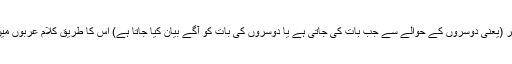
حضرت مرزا بشیر احمد صاحبؓ لکھتے ہیں کہ یاد رکھنا چاہیے کہ حکایت عن الغیر (یعنی دوسروں کے حوالے سے جب بات کی جاتی ہے یا دوسروں کی بات کو آگے بیان کیا جاتا ہے) اس کا طریق کلام عربوں میں رائج تھا بلکہ خود قرآن کریم نے بھی بعض جگہ اس طرز کلام کو اختیار کیا ہے۔